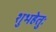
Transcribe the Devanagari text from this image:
शुभहेतुः